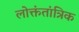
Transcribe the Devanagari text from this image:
लोक्तंतांत्रिक